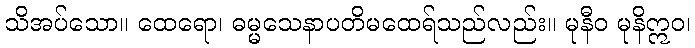
သိအပ်သော။ ထေရော၊ ဓမ္မသေနာပတိမထေရ်သည်လည်း။ မုနီဝ မုနိဣဝ၊